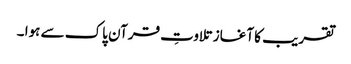
تقریب کا آغاز تلاوتِ قرآن پاک سے ہوا ۔